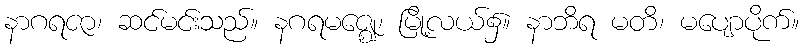
နာဂရဇာ၊ ဆင်မင်းသည်။ နဂရမဇ္ဈေ၊ မြို့လယ်၌။ နာဘိရ မတိ၊ မပျောပိုက်။